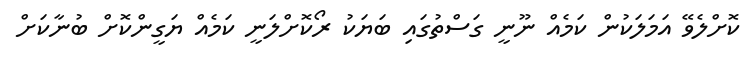
ކޮށްލެވޭ އަމަލަކުން ކަމެއް ނޫނީ ގަސްތުގައި ބަޔަކު ރޯކޮށްލަނީ ކަމެއް ޔަގީންކޮށް ބުނާކަށް